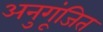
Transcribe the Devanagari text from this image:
अनुगूंजित